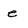
Character: e